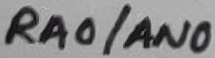
Text: RA0/AN0